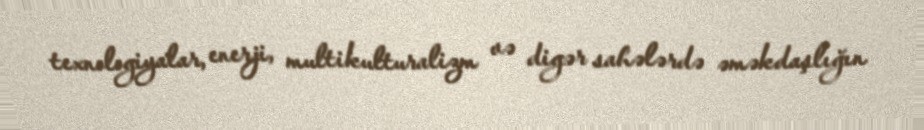
texnologiyalar, enerji, multikulturalizm və digər sahələrdə əməkdaşlığın